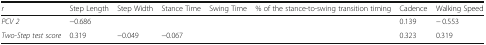
<table><thead><tr><td><b><i>r</i></b></td><td><b>Step Length</b></td><td><b>Step Width</b></td><td><b>Stance Time</b></td><td><b>Swing Time</b></td><td><b>% of the stance-to-swing transition timing</b></td><td><b>Cadence</b></td><td><b>Walking Speed</b></td></tr></thead><tbody><tr><td><i>PCV 2</i></td><td>−0.686</td><td>[EMPTY_CELL]</td><td>[EMPTY_CELL]</td><td>[EMPTY_CELL]</td><td>[EMPTY_CELL]</td><td>0.139</td><td>− 0.553</td></tr><tr><td><i>Two-Step test score</i></td><td>0.319</td><td>−0.049</td><td>−0.067</td><td>[EMPTY_CELL]</td><td>[EMPTY_CELL]</td><td>0.323</td><td>0.319</td></tr></tbody></table>